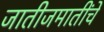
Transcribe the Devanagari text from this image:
जातीजमातींचे